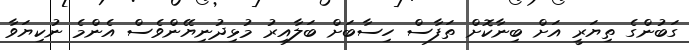
ގަބުންގެ ތިޔަރީ އަށް ބިނާކޮށް ތަފާސް ހިސާބަށް ބަލާއިރު މުޅިދުނިޔޭންވެސް އެންމެ ނުކިޔަވާ